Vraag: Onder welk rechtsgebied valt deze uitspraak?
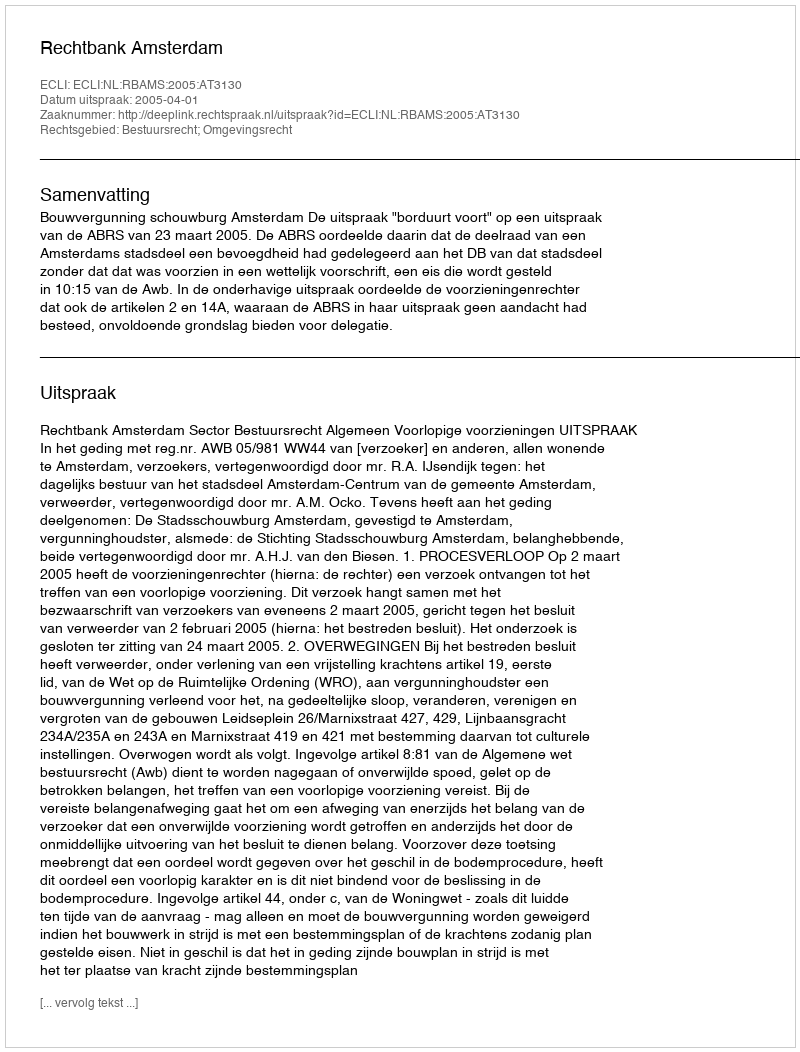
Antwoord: Bestuursrecht; Omgevingsrecht